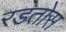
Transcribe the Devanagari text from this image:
रडतोस